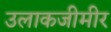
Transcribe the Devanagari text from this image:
उलाकजीमीर